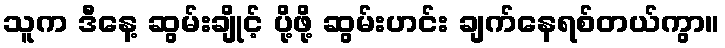
သူက ဒီနေ့ ဆွမ်းချိုင့် ပို့ဖို့ ဆွမ်းဟင်း ချက်နေရစ်တယ်ကွာ။